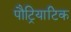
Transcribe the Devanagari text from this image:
पौट्रियाटिक